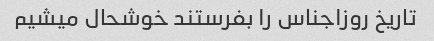
تاریخ روز‌اجناس را بفرستند خوشحال میشیم